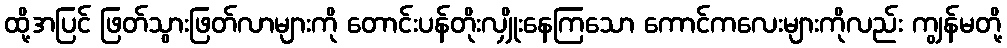
ထို့အပြင် ဖြတ်သွားဖြတ်လာများကို တောင်းပန်တိုးလျှိုးနေကြသော ကောင်ကလေးများကိုလည်း ကျွန်မတို့